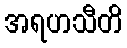
အရဟသီတိ